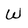
Character: W